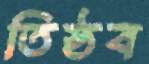
তিষ্ঠব